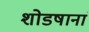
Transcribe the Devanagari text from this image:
शोडषानां